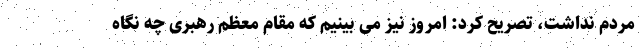
مردم نداشت، تصریح کرد: امروز نیز می بینیم که مقام معظم رهبری چه نگاه